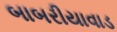
બાબરીયાવાડ